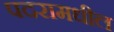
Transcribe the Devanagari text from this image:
पदरामधील